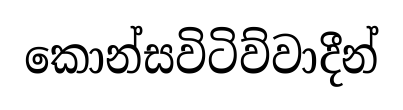
කොන්සවිටිව්වාදීන්